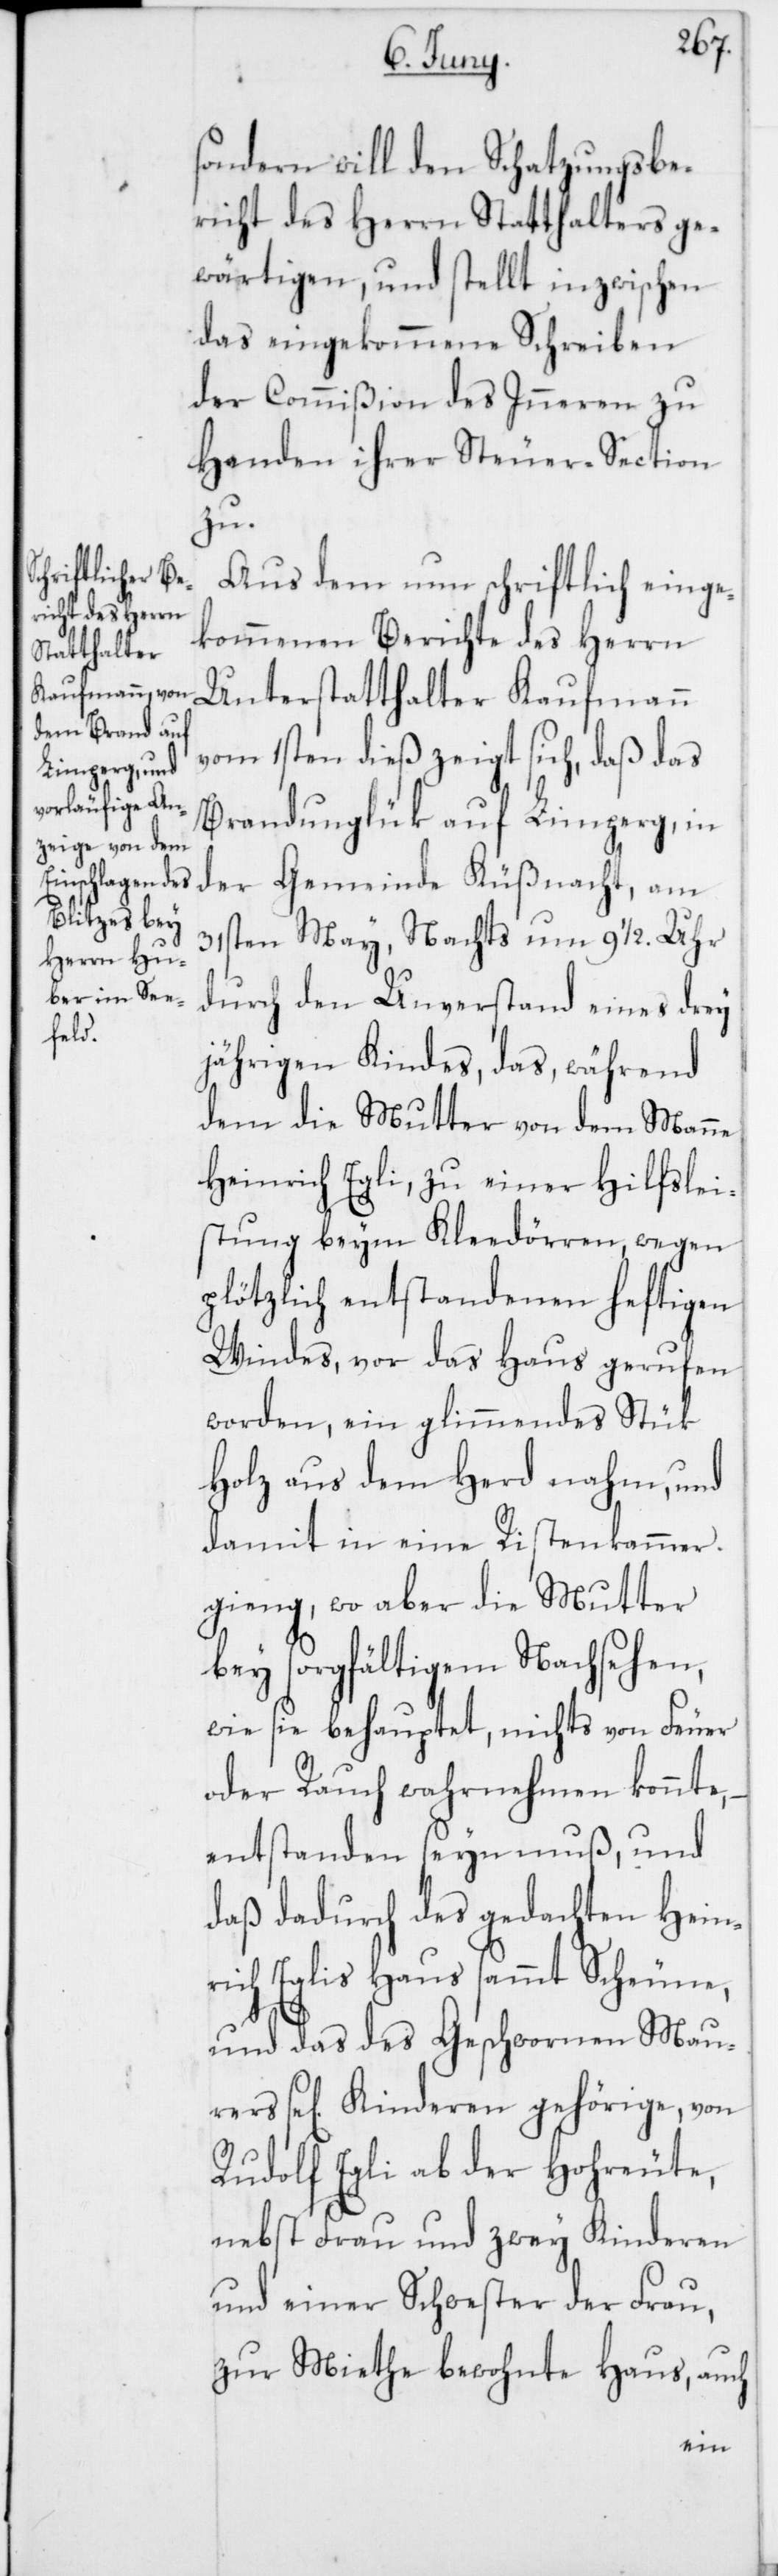
sondern will den Schatzungsbe¬
richt des Herrn Statthalters ge¬
wärtigen, und stellt inzwischen
das eingekommene Schreiben
der Commißion des Inneren zu
Handen ihrer Steuer-Section
zu.
Aus dem nun schriftlich einge¬
kommenen Berichte des Herrn
Unterstatthalter Kaufmann
vom 1sten dieß zeigt sich, daß das
Brandunglük auf Limperg, in
der Gemeinde Küßnacht, am
31sten May, Nachts um 91/2. Uhr
durch den Unverstand eines drey
jährigen Kindes, das während
dem die Mutter von dem Manne
Heinrich Egli, zu einer Hilfslei¬
stung beym Kleedörren wegen
plötzlich entstandenen heftigen
Windes, vor das Haus gerufen
worden, ein glimmendes Stük
Holz aus dem Herd nahm, und
damit in eine Ristenkammer
gieng, wo aber die Mutter
bey sorgfältigem Nachsehen,
wie sie behauptet, nichts von Feuer
oder Rauch wahrnehmen konnte,
enstanden seyn muß, und
daß dadurch des gedachten Hein¬
rich Eglis Haus sammt Scheune,
und das des Geschwornen Mau¬
rers se[lig] Kinderen gehörige, von
Rudolf Egli ab der Hohreute,
nebst Frau und zwey Kinderen
und einer Schwester der Frau,
zur Miethe bewohnte Haus, auch